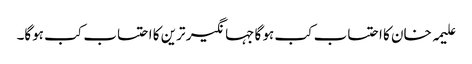
علیمہ خان کا احتساب کب ہو گا جہانگیر ترین کا احتساب کب ہوگا۔